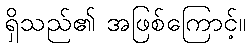
ရှိသည်၏ အဖြစ်ကြောင့်။